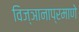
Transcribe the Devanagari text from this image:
विज्ञानाप्रमाणे